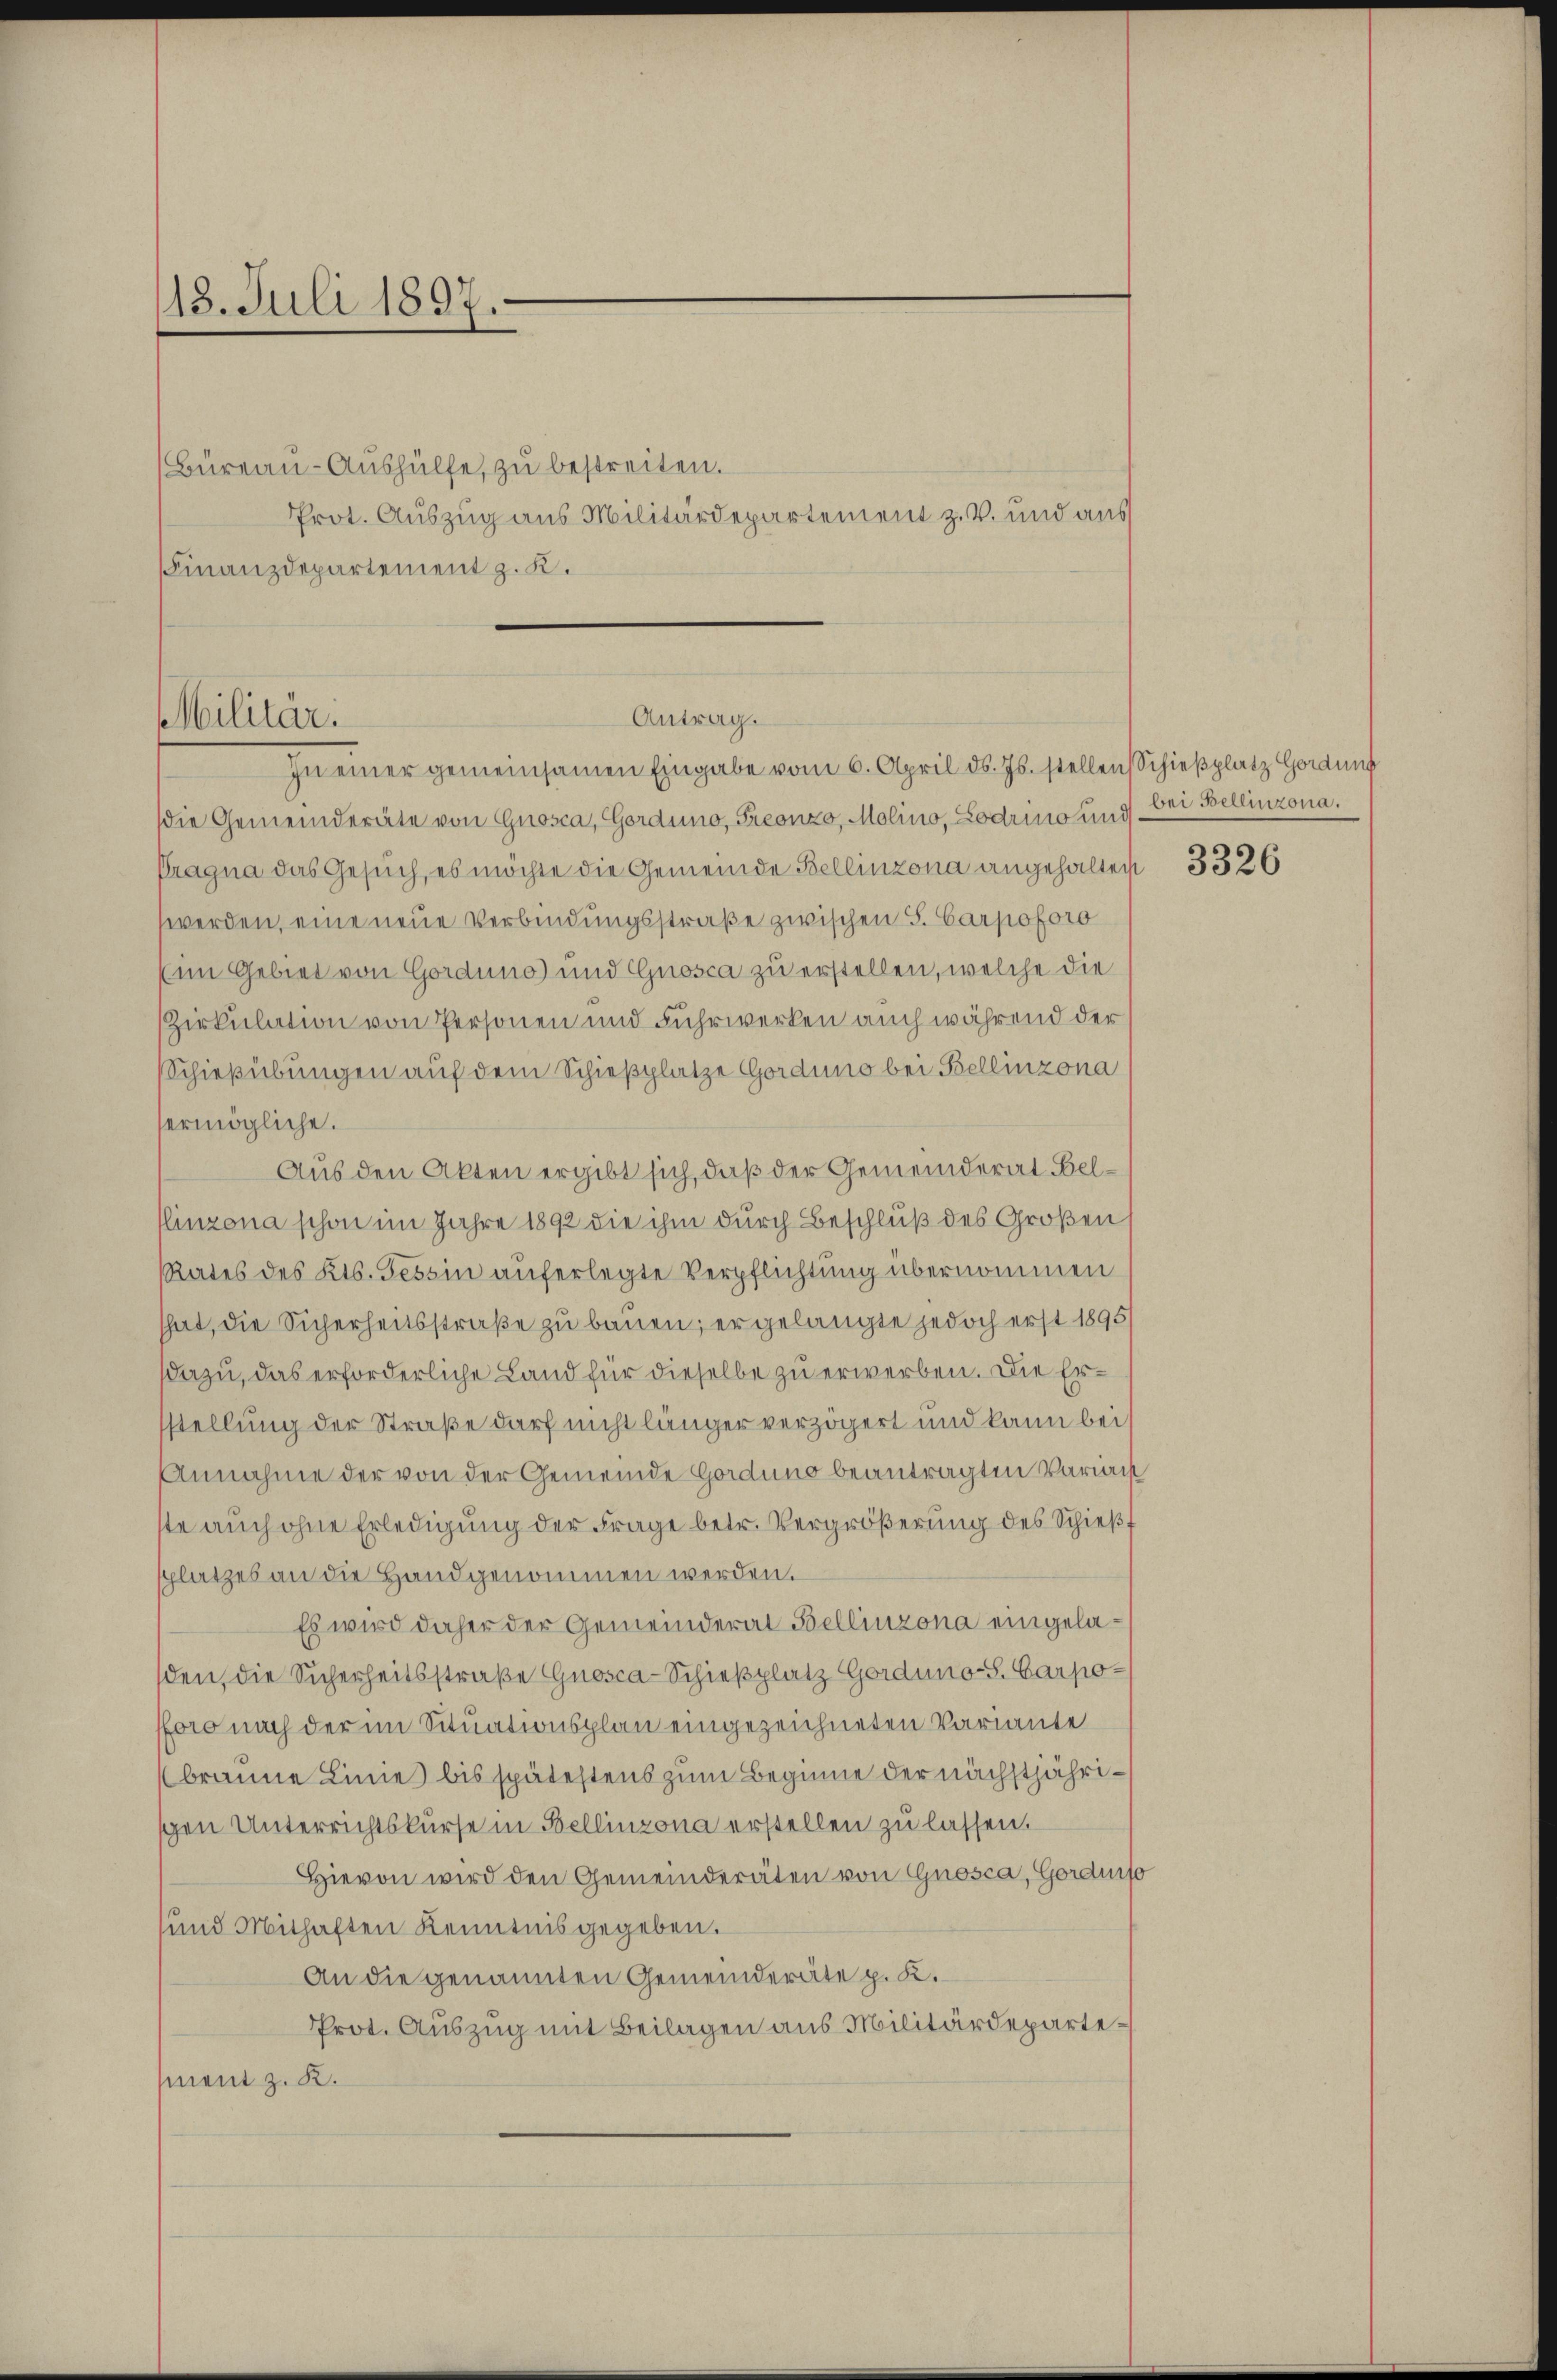
18. Juli 1897.
d

Finanzdepartement z. K.

Bureau-Aushülfe, zu bestreiten.
Prot. Auszug aus Militärdepartement z. B. und aus

Antrag.
Militär.
In einer gemeinsamen Eingabe vom 6. April ds. Js. stellen Schießplatz Gordung

die Gemeinderäte von Gnosca, Gorduno, Freonzo, Molino, Lodrino und bei Bellinzona.
Cragna das Gesuch, es möchte die Gemeinde Bellinzona angehalten
werden, eine neue Verbindungsstraße zwischen S. Carpoforo
(im Gebiet von Gorduno) und Gnosca zu erstellen, welche die
Zirkulation von Personen und Fuhrwerken auch während der
Schießübungen auf dem Schießplatze Gorduno bei Bellinzona
ermögliche.
Aus den Akten ergibt sich, daß der Gemeinderat-Bellinzona schon im Jahre 1892 die ihm durch Beschluß des Großen
Rates des Kts. Tessin auferlegte Verpflichtung übernommen
hat, die Sicherheitsstraße zu bauen; er gelangte jedoch erst 1895
dazu, das erforderliche Land für dieselbe zu erwerben. Die Ersstellung der Straße darf nicht länger verzögert und kann bei
Annahme der von der Gemeinde Gorduno beantragten Variais
ste auch ohne Erledigung der Frage betr. Vergrößerung des Schieß
splatzes an die Handgenommen werden.
Es wird daher der Gemeinderat Bellinzona eingelasden, die Sicherheitsstraße Gnosca-Schießplatz Gorduno-S. Carpoforo nach der im Situationsplan eingezeichneten Variante
braune Linie) bis spätestens zum Beginne der nächstjährigen Unterrichtskurse in Bellinzona erstellen zu lassen.
Hievon wird den Gemeinderäten von Gnosca, Gordniso
und Mithaften Kenntnis gegeben.
An die genannten Gemeinderäte p. K.
Prot. Auszug mit Beilagen aus Militärdepartement z. K.

3326